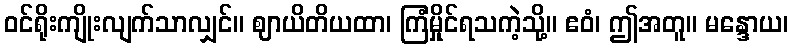
ဝင်ရိုးကျိုးလျက်သာလျှင်။ ဈာယိတိယထာ၊ ကြံမှိုင်ရသကဲ့သို့။ ဧဝံ၊ ဤအတူ။ မန္ဒောယ၊